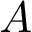
A